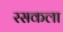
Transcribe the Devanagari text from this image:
रसकला